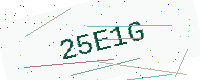
Text: 25E1G